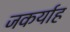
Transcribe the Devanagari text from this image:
जकर्याह